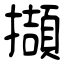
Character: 擷